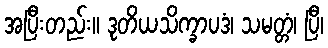
အပြီးတည်း။ ဒုတိယသိက္ခာပဒံ၊ သမတ္တံ၊ ပြီ၊